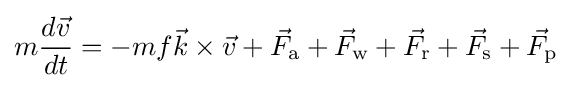
m{\frac {d{\vec {v}}}{dt}}=-mf{\vec {k}}\times {\vec {v}}+{\vec {F}}_{\text{a}}+{\vec {F}}_{\text{w}}+{\vec {F}}_{\text{r}}+{\vec {F}}_{\text{s}}+{\vec {F}}_{\text{p}}